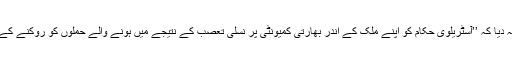
ایک بھارتی اخبار نے یہاں تک کہہ دیا کہ ’’آسٹریلوی حکام کو اپنے ملک کے اندر بھارتی کمیونٹی پر نسلی تعصب کے نتیجے میں ہونے والے حملوں کو روکنے کے لئے ٹھوس اقدامات کرنے چاہییں۔